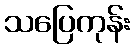
သပြေကုန်း